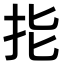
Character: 𢪲